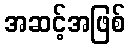
အဆင့်အဖြစ်